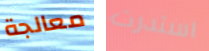
معالجة استدرت